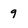
Character: 9